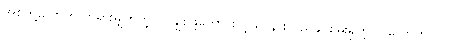
အစ်ကို့လောက် တရားမျှတတဲ့လူ၊ ချစ်ဖို့ကောင်းတဲ့သူ၊ နားလည်နိုင်စွမ်းရှိတဲ့လူ လောကတွင်